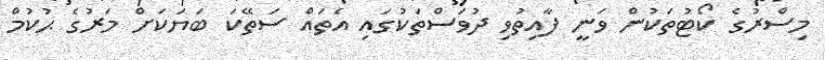
މިސްރުގެ ކޯޓުތަކުން ވަނީ ފާއިތުވި ދުވަސްތަކުގައި އެތައް ސަތޭކަ ބަޔަކަށް މަރުގެ ޙުކުމް